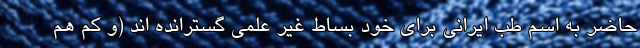
حاضر به اسم طب ایرانی برای خود بساط غیر علمی گسترانده اند (و کم هم